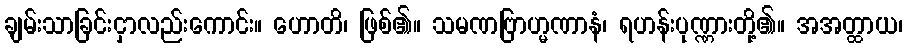
ချမ်းသာခြင်းငှာလည်းကောင်း။ ဟောတိ၊ ဖြစ်၏။ သမဏဗြာဟ္မဏာနံ၊ ရဟန်းပုဏ္ဏားတို့၏။ အအတ္ထာယ၊